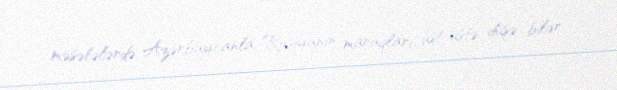
məsələlərdə Azərbaycanla Rusiyanın maraqları üst-üstə düşə bilər.